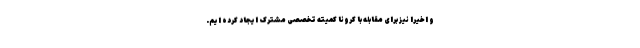
و اخیرا نیز برای مقابله با کرونا کمیته تخصصی مشترک ایجاد کرده ایم.